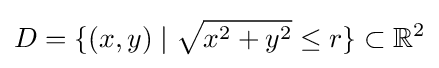
D=\{(x,y)\mid {\sqrt {x^{2}+y^{2}}}\leq r\}\subset \mathbb {R} ^{2}